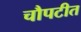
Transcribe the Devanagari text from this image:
चौपटीत